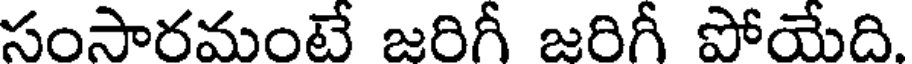
సంసారమంటే జరిగీ జరిగీ పోయేది.